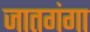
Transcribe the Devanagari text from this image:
जातगंगा